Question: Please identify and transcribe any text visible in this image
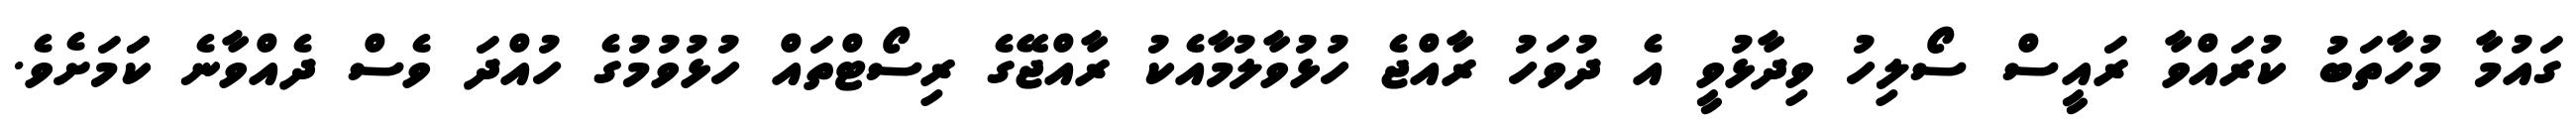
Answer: ގައުމާ މުހާތަބު ކުރައްވާ ރައީސް ސޯލިހު ވިދާޅުވީ އެ ދުވަހު ރާއްޖެ ހުޅުވާލުމާއެކު ރާއްޖޭގެ ރިސޯޓްތައް ހުޅުވުމުގެ ހުއްދަ ވެސް ދެއްވާނެ ކަަމަށެވެ.